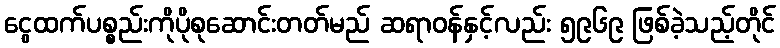
ငွေထက်ပစ္စည်းကိုပိုစုဆောင်းတတ်မည် ဆရာဝန်နှင့်လည်း ၅၉၆၉ ဖြစ်ခဲ့သည့်တိုင်